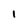
Character: I